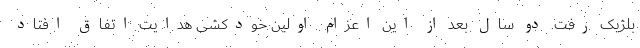
بلژیک رفت. دو سال بعد از این اعزام اولین خودکشی هدایت اتفاق افتاد